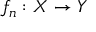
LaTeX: f _ { n } : X \to Y